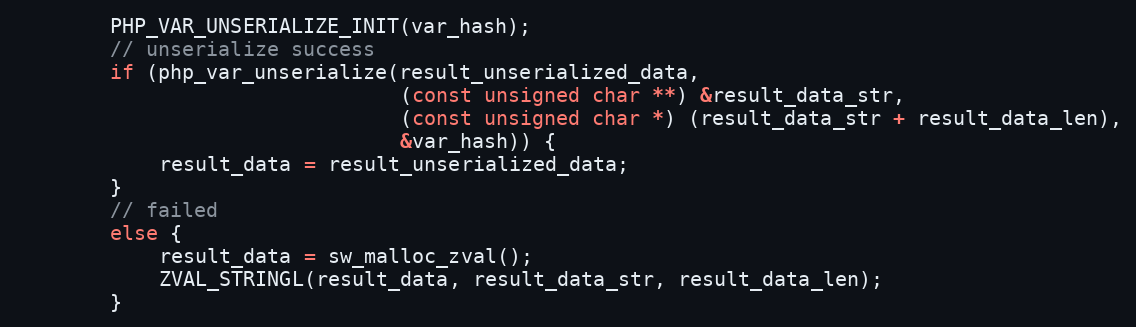
Language: C++
        PHP_VAR_UNSERIALIZE_INIT(var_hash);
        // unserialize success
        if (php_var_unserialize(result_unserialized_data,
                                (const unsigned char **) &result_data_str,
                                (const unsigned char *) (result_data_str + result_data_len),
                                &var_hash)) {
            result_data = result_unserialized_data;
        }
        // failed
        else {
            result_data = sw_malloc_zval();
            ZVAL_STRINGL(result_data, result_data_str, result_data_len);
        }